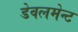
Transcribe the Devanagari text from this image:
डेवलमेन्ट